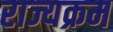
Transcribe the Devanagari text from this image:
राज्यक्रम